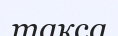
такса